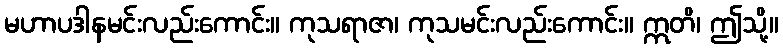
မဟာပဒါနမင်းလည်းကောင်း။ ကုသရာဇာ၊ ကုသမင်းလည်းကောင်း။ ဣတိ၊ ဤသို့။